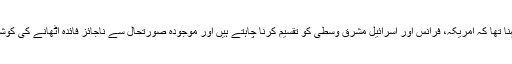
ترک صدر کا کہنا تھا کہ امریکہ، فرانس اور اسرائیل مشرق وسطی کو تقسیم کرنا چاہتے ہیں اور موجودہ صورتحال سے ناجائز فائدہ اٹھانے کی کوشش کر رہے ہیں۔